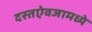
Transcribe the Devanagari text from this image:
दस्तऐवजामध्ये